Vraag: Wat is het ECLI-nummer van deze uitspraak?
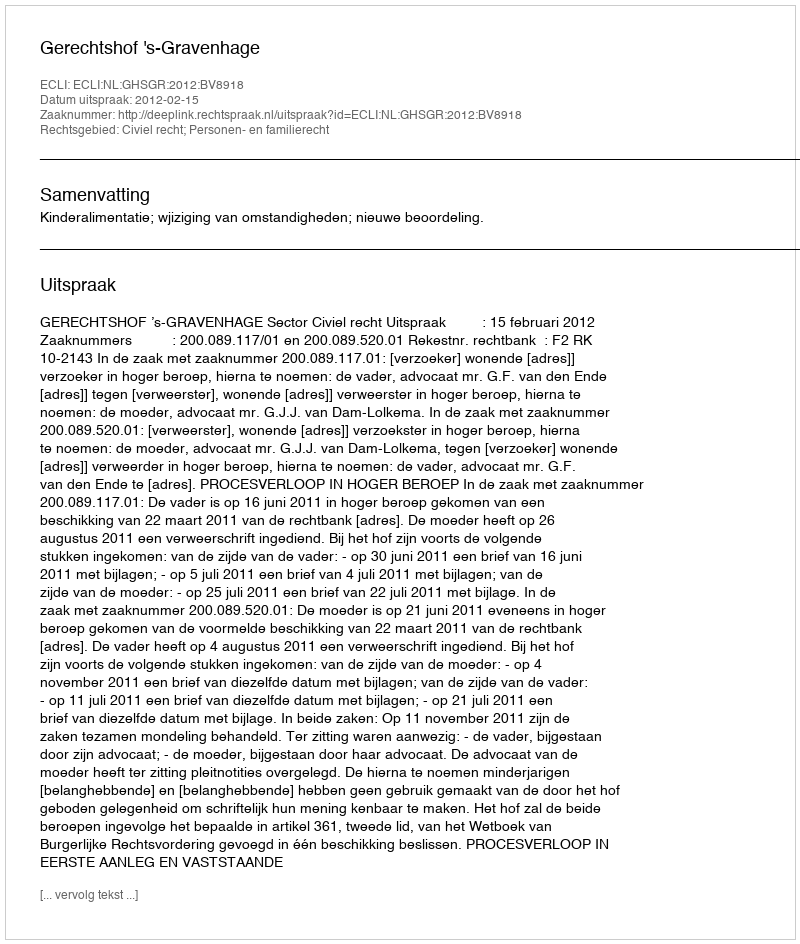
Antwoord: ECLI:NL:GHSGR:2012:BV8918